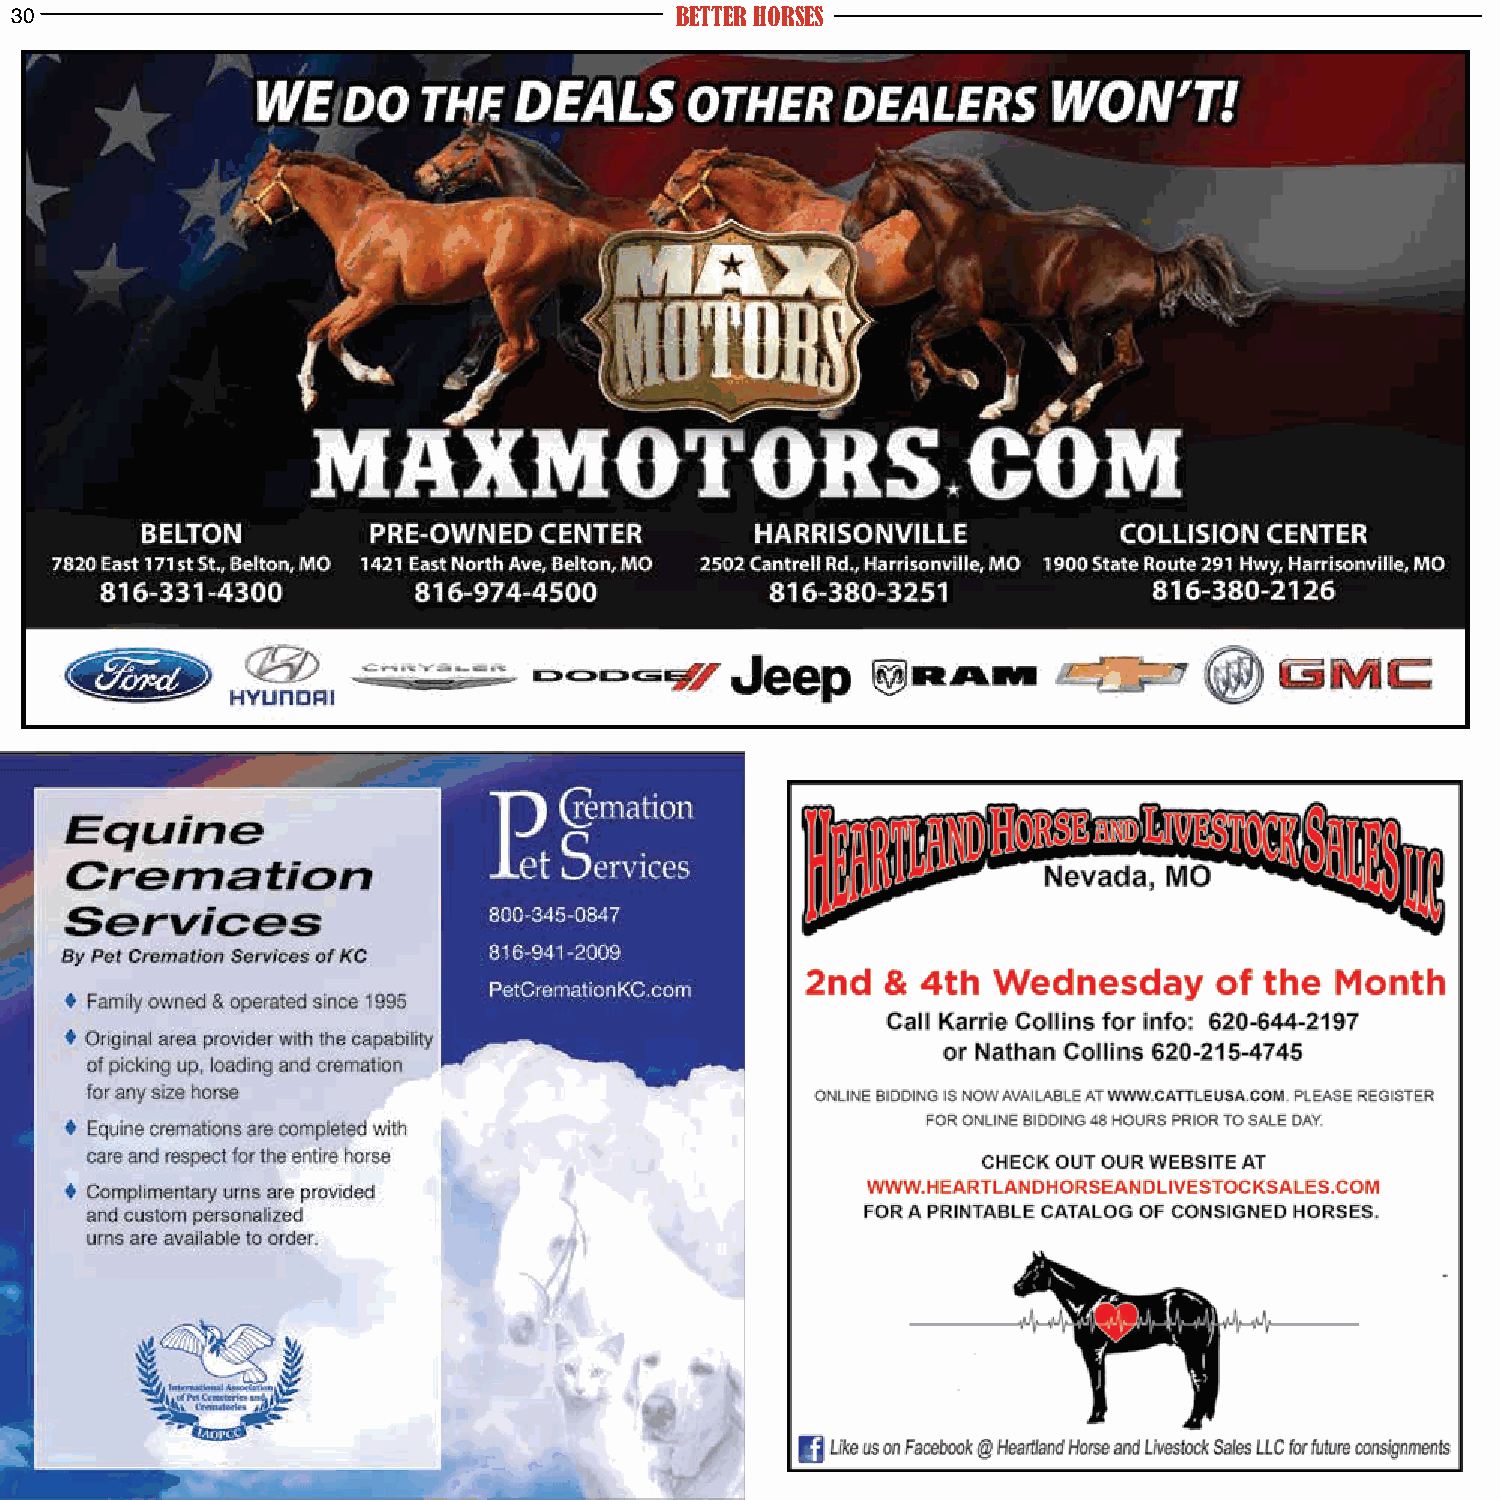
30                                          BETTER HORSES